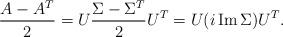
LaTeX: \begin{align*}\frac{A - A^T}{2} = U \frac{\Sigma - \Sigma^T}{2} U^T = U (i \operatorname{Im} \Sigma) U^T.\end{align*}